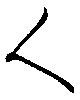
人